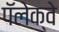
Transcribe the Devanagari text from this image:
पॅलेक्वे